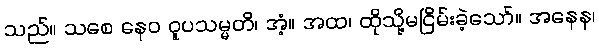
သည်။ သစေ နေဝ ဝူပသမ္မတိ၊ အံ့။ အထ၊ ထိုသို့မငြိမ်းခဲ့သော်။ အနေန၊